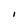
Character: I